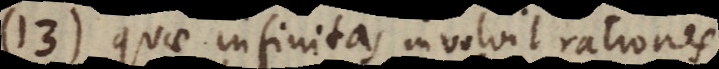
13) quae infinitas involvit rationes